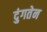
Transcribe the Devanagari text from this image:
दुंगतेन